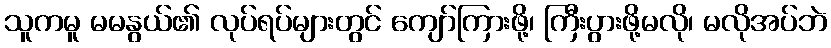
သူကမူ မမနွယ်၏ လုပ်ရပ်များတွင် ကျော်ကြားဖို့၊ ကြီးပွားဖို့မလို၊ မလိုအပ်ဘဲ